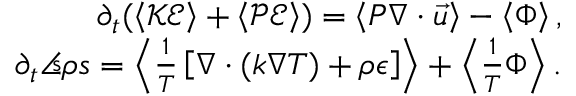
\begin{array} { r } { \partial _ { t } ( \ensuremath { \left\langle \mathcal { K E } \right\rangle } + \ensuremath { \left\langle \mathcal { P E } \right\rangle } ) = \ensuremath { \left\langle P \ensuremath { \nabla } \cdot \vec { u } \right\rangle } - \ensuremath { \left\langle \Phi \right\rangle } , } \\ { \partial _ { t } { \angles { \rho s } } = \ensuremath { \left\langle \frac { 1 } { T } \left[ \ensuremath { \nabla } \cdot ( k \ensuremath { \nabla } T ) + \rho \epsilon \right] \right\rangle } + \ensuremath { \left\langle \frac { 1 } { T } \Phi \right\rangle } . } \end{array}